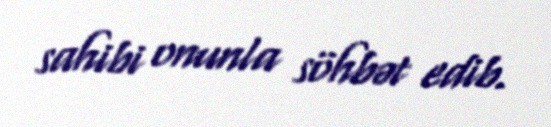
sahibi onunla söhbət edib.